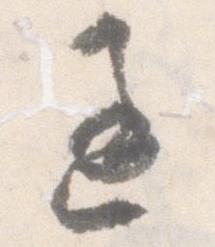
過